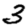
Digit: 3